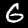
Digit: 6